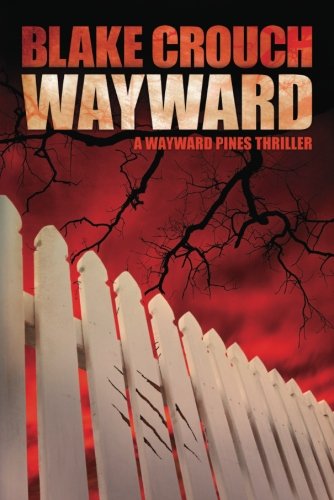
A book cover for Wayward (The Wayward Pines Trilogy); Blake Crouch; Mystery, Thriller & Suspense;